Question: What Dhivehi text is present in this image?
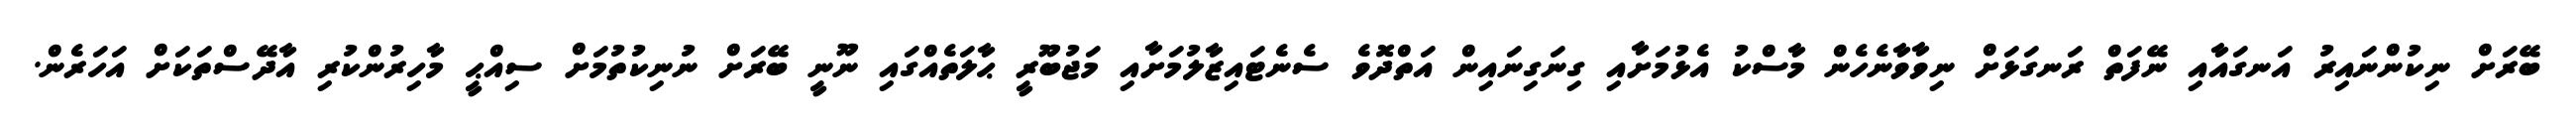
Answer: ބޭރަށް ނިކުންނައިރު އަނގައާއި ނޭފަތް ރަނގަޅަށް ނިވާވާނެހެން މާސްކު އެޅުމަށާއި ގިނަގިނައިން އަތްދޮވެ ސެނެޓައިޒާލުމަށާއި މަޖުބޫރީ ޙާލަތެއްގައި ނޫނީ ބޭރަށް ނުނިކުތުމަށް ސިއްޙީ މާހިރުންކުރި އާދޭސްތަކަށް އަހަރެން.